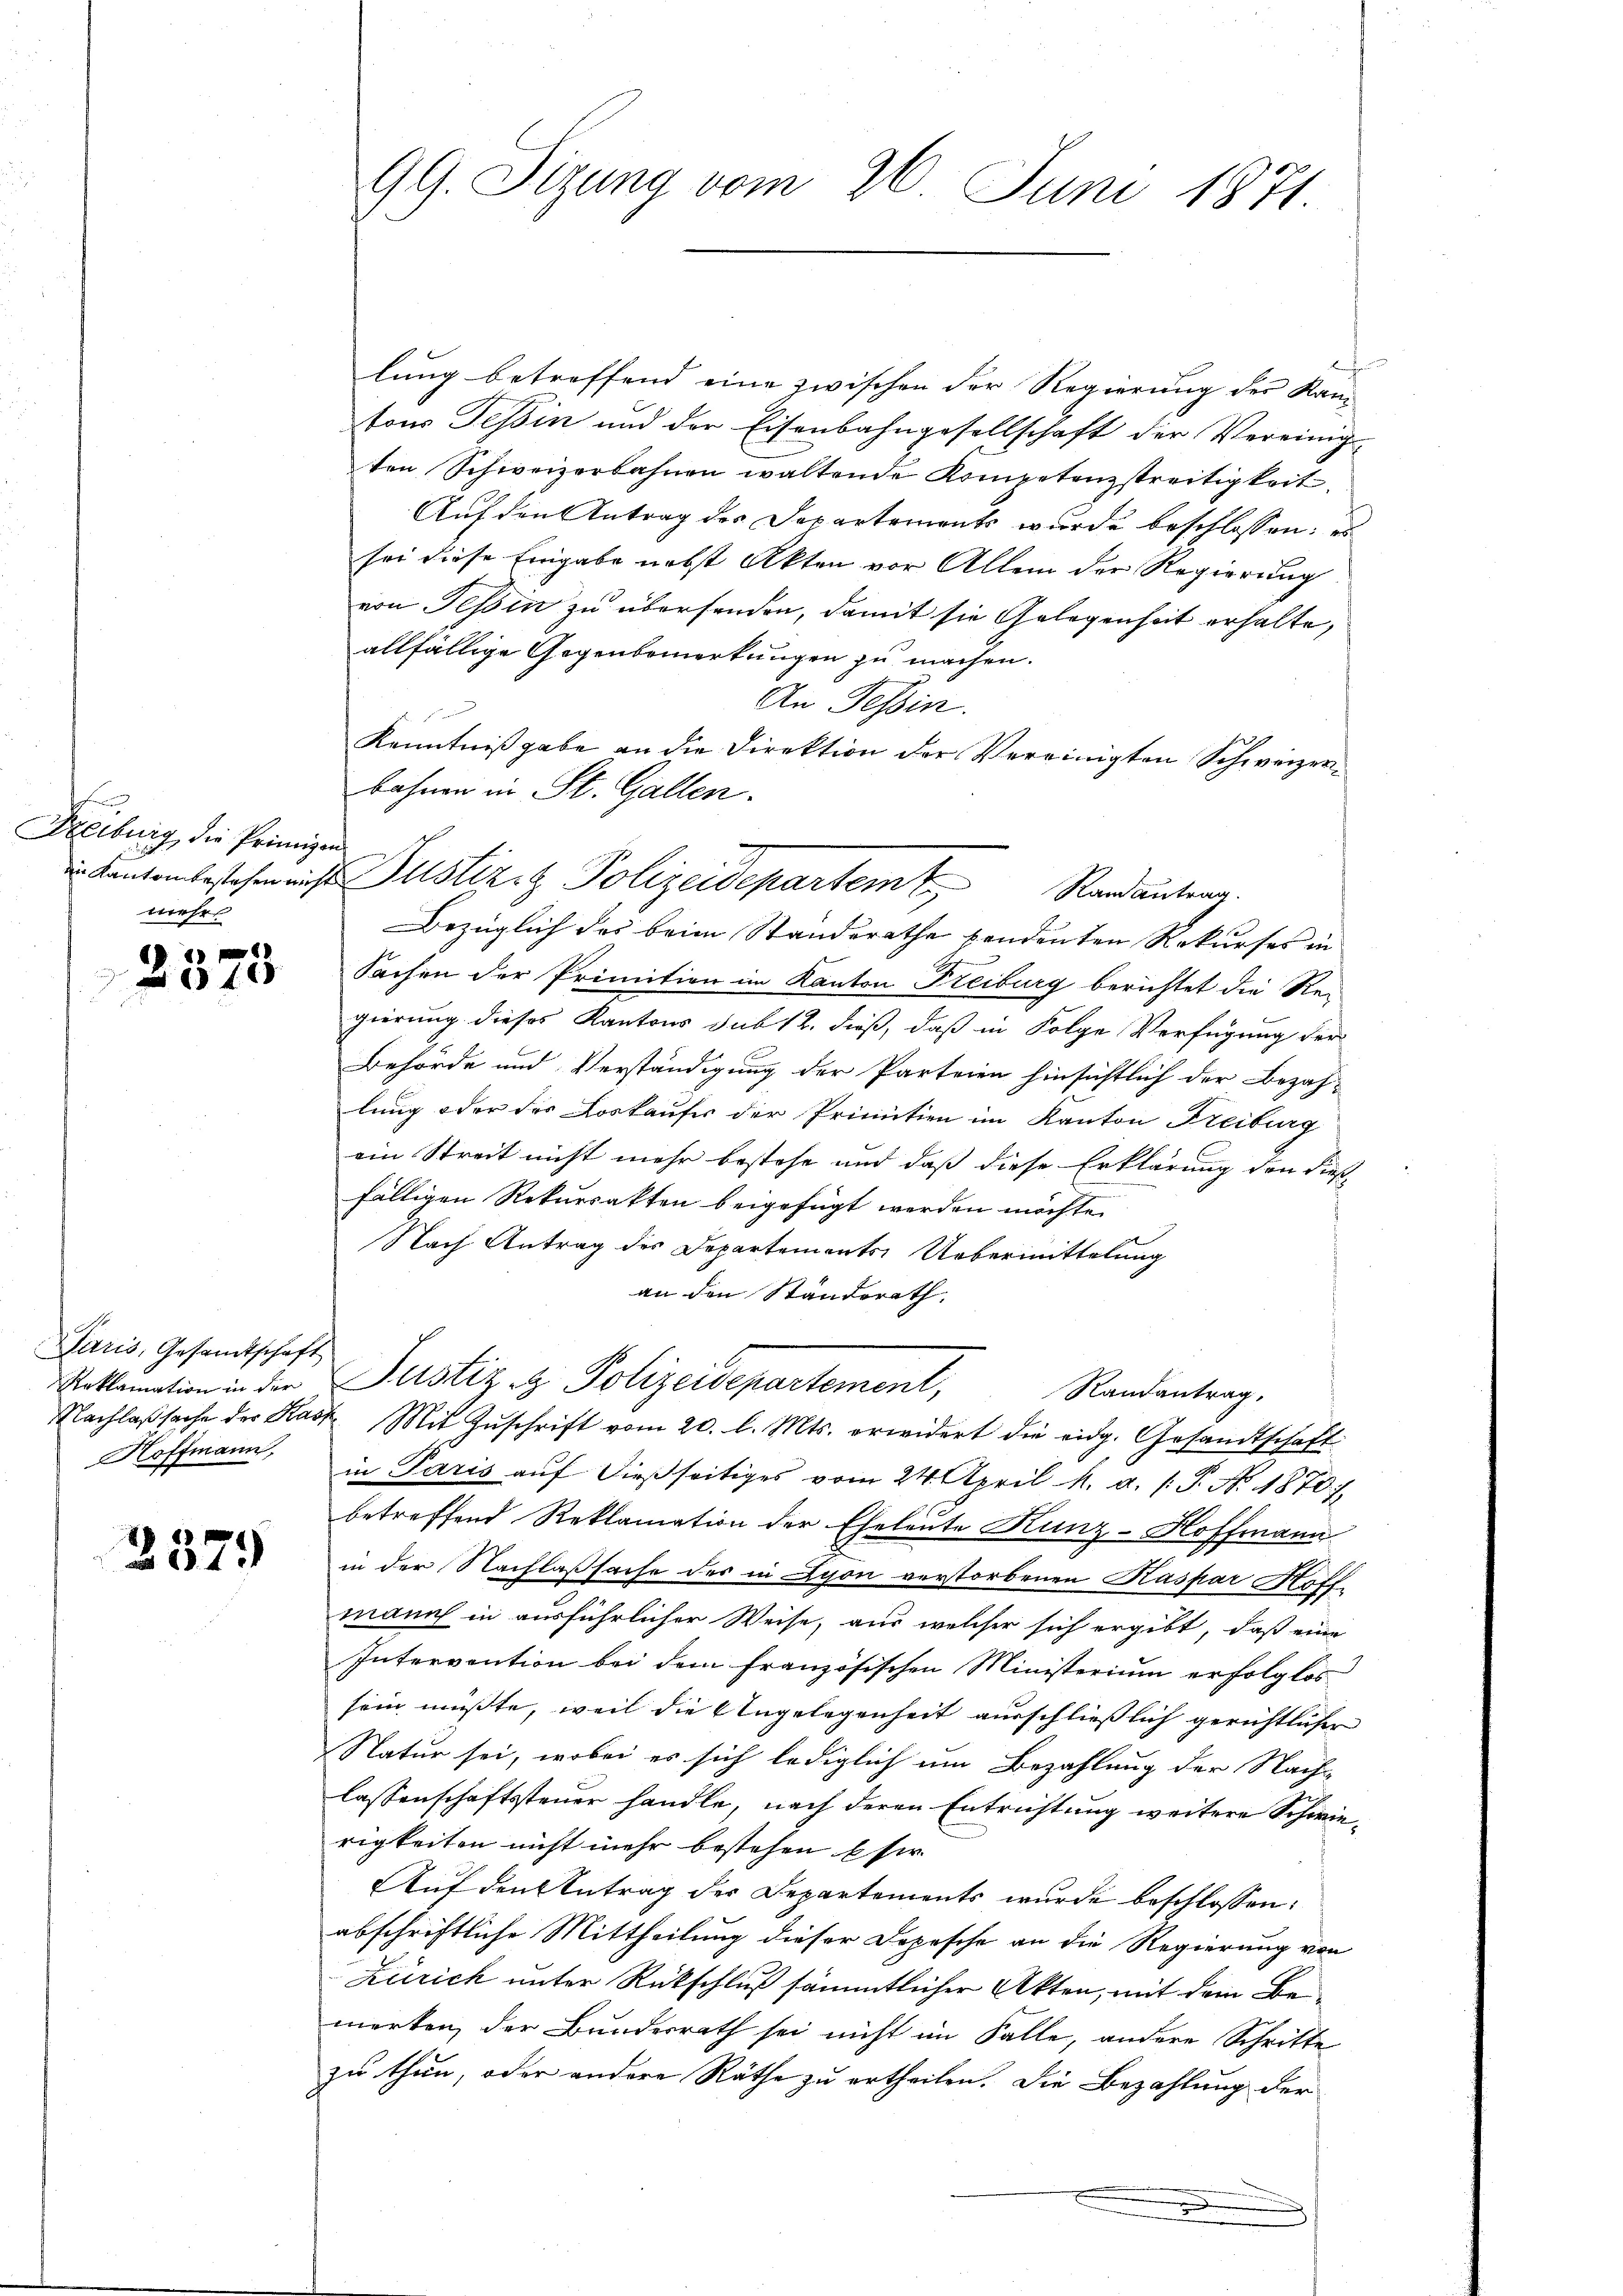
.
Freiburg, die Peinigen

mes

1
400

Paris, Gesandtschaft
Reklamation in der
Nachlaßsache der Kass
Hoffmann.

2379

99. Sizung vom 26. Juni 1871

lung betreffend eine zwischen der Regierung der Kantons Tessin und der Eisenbahngesellschaft der Vereinig
ten Schweizerbahnen waltende Kompetenzstreitigkeit,
Auf den Antrag des Departements wurde beschlossen: es
sei diese Eingabe nebst Akten vor Allem der Regierung
von Tessin zu übersenden, damit sie Gelegenheit erhalte,
allfällige Gegenbemerkungen zu machen.
An Tessin.
Kenntnißgabe an die Direktion der Vereinigten Schweizer¬
Bezüglich das beim Standerathe vendenten Rekurses in
Sachen der Primition im Kanton Freiburg berichtet die Re-
gierung dieses Kantons sub 12. dieß, daß in Folge Verfügung der
Behörde und Verständigung der Parteien hinsichtlich der Bezah-
lung oder des Loskaufes der Primitien im Kanton Freiburg
ein Streit nicht mehr bestehe und daß diese Erklärung den diese
fälligen Rekursakten beigefügt werden möchte.
Nach Antrag des Departements Uebermittelung
an den Standerath.
Justiz & Polizeidepartement,
Randantrag.
Mit Zuschrift vom 20. l. Mts. erwidert die eidg. Gesandtschaft
in Paris aŭf dießseitiges vom 24. April h. a. (T. No. 1870),
betreffend Reklamation der Eheleute Kunz-Hoffmann
in der Nachlaßsache des in Lyon verstorbenen Kaspar Hoffmann in ausführlicher Weise, aus welcher sich ergibt, daß eine
Intervention bei dem französischen Ministerium erfolglos
sein müßte, weil die Angelegenheit ausschließlich gerichtlicher
Natur sei, wobei es sich lediglich um Bezahlung der Nach-
lassenschaftssteuer handle, nach deren Entrichtung weitere Schwierigkeiten nicht mehr bestehen Ehe
Auf den Antrag der Departements wurde beschlossen:
abschriftliche Mittheilung dieser Dopesche an die Regierung von
Zürich unter Rückschluß sämmtlicher Akten, mit dem Bemerken, der Bundesrath sei nicht im Falle, andere Schritte
zu thun, oder andere Räthe zu ertheilen. Die Bezahlung der

bahnen in St. Gallen.
in Kanton bestehen nicht Justizit Polizeidepartem Randantrag.